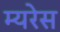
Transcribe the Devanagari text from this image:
म्यरेस